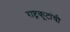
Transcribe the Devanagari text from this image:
राष्ट्रकूटांची